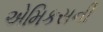
એમિકસની